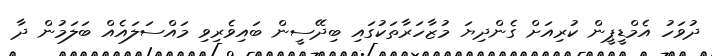
ދުވަހު އެމްޑީޕީން ކުރިއަށް ގެންދިޔަ މުޒާހަރާތަކުގައި ބިދޭސީން ބައިވެރިވި މައްސަލައެއް ބަލަމުން ދާ